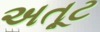
અતૂટ